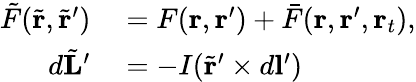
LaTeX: \begin{array}{rl}{\tilde{F}(\tilde{\mathbf{r}},\tilde{\mathbf{r}}^{\prime})}&{{}=F(\mathbf{r},\mathbf{r}^{\prime})+\bar{F}(\mathbf{r},\mathbf{r}^{\prime},\mathbf{r}_{t}),}\\ {d\tilde{\mathbf{L}}^{\prime}}&{{}=-I(\tilde{\mathbf{r}}^{\prime}\times d\mathbf{l}^{\prime})}\end{array}